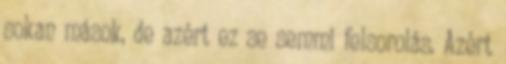
sokan mások, de azért ez se semmi felsorolás. Azért